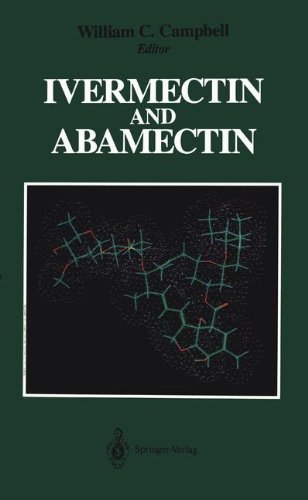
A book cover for Ivermectin and Abamectin; Medical Books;